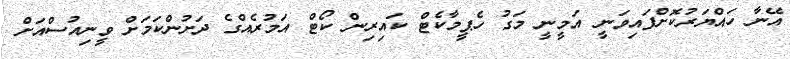
އޭނާ ހައްޔަރުކޮށްފައިވަނީ އަމީނީ މަގު ހެޕީމާކެޓް ކައިރިން ކޯޓް އަމުރެއްގެ ދަށުންކަމަށް ވީނިއުސްއަށް